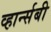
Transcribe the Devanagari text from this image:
व्हार्न्सबी